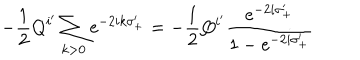
LaTeX: - \frac { 1 } { 2 } Q ^ { i ^ { \prime } } \sum _ { k > 0 } \mathrm { e } ^ { - 2 i k \sigma _ { + } ^ { \prime } } = - \frac { 1 } { 2 } Q ^ { i ^ { \prime } } \frac { \mathrm { e } ^ { - 2 i \sigma _ { + } ^ { \prime } } } { 1 - \mathrm { e } ^ { - 2 i \sigma _ { + } ^ { \prime } } }